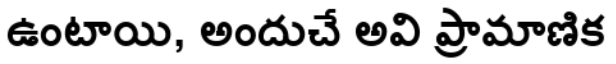
ఉంటాయి, అందుచే అవి ప్రామాణిక